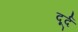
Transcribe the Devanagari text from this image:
दूर्द